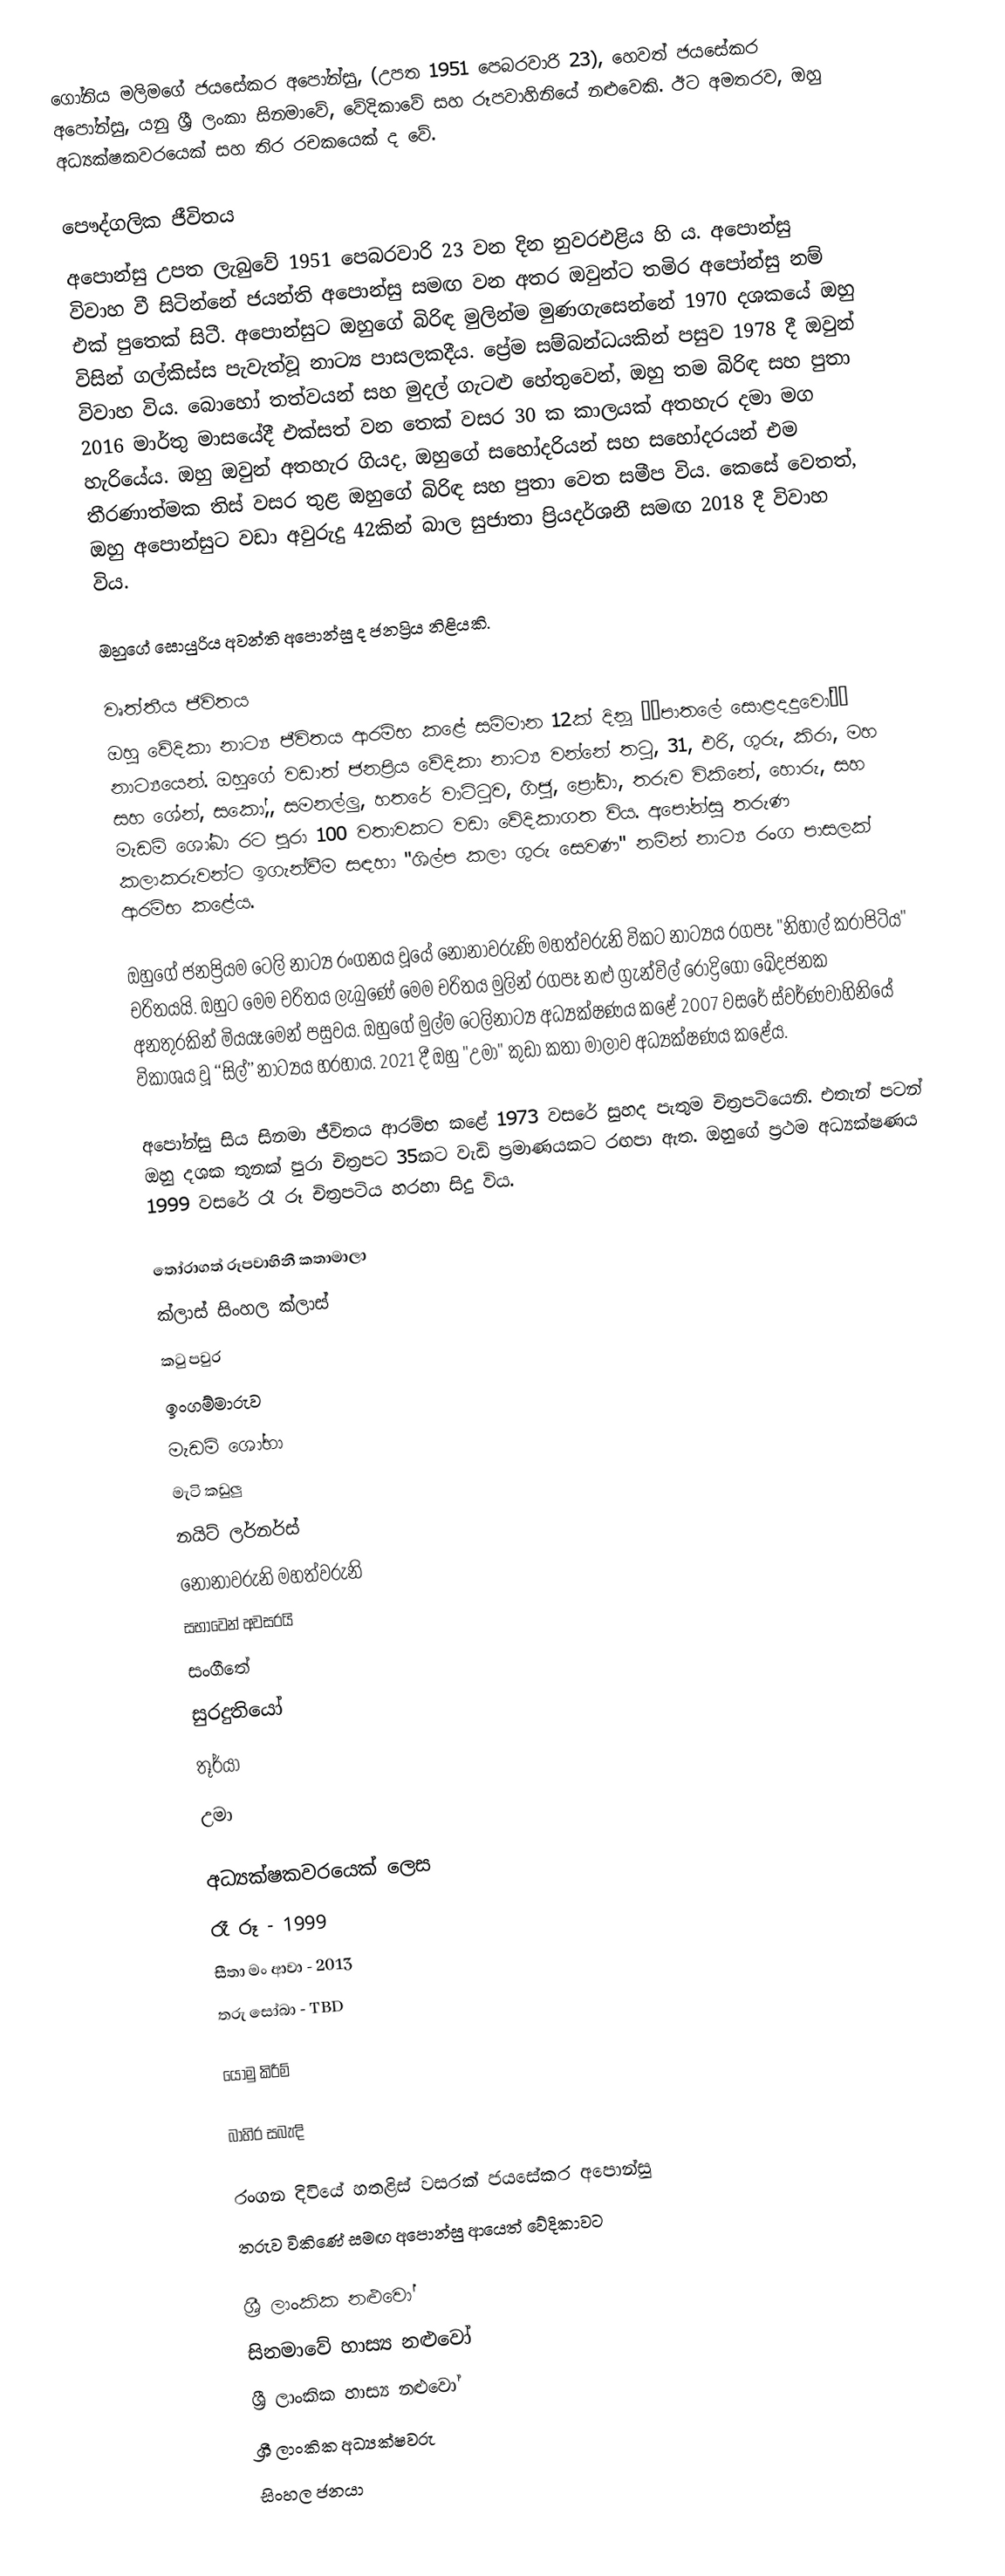
ගෝනිය මලිමගේ ජයසේකර අපෝන්සු, (උපත 1951 පෙබරවාරි 23), හෙවත් ජයසේකර අපෝන්සු, යනු ශ්‍රී ලංකා සිනමාවේ, වේදිකාවේ සහ රූපවාහිනියේ නළුවෙකි. ඊට අමතරව, ඔහු අධ්‍යක්ෂකවරයෙක් සහ තිර රචකයෙක් ද වේ.

පෞද්ගලික ජීවිතය
අපොන්සු උපත ලැබුවේ 1951 පෙබරවාරි 23 වන දින නුවරඑළිය හි ය. අපොන්සු විවාහ වී සිටින්නේ ජයන්ති අපොන්සු සමඟ වන අතර ඔවුන්ට තමිර අපෝන්සු නම් එක් පුතෙක් සිටී. අපොන්සුට ඔහුගේ බිරිඳ මුලින්ම මුණගැසෙන්නේ 1970 දශකයේ ඔහු විසින් ගල්කිස්ස පැවැත්වූ නාට්‍ය පාසලකදීය. ප්‍රේම සම්බන්ධයකින් පසුව 1978 දී ඔවුන් විවාහ විය. බොහෝ තත්වයන් සහ මුදල් ගැටළු හේතුවෙන්, ඔහු තම බිරිඳ සහ පුතා 2016 මාර්තු මාසයේදී එක්සත් වන තෙක් වසර 30 ක කාලයක් අතහැර දමා මග හැරියේය. ඔහු ඔවුන් අතහැර ගියද, ඔහුගේ සහෝදරියන් සහ සහෝදරයන් එම තීරණාත්මක තිස් වසර තුළ ඔහුගේ බිරිඳ සහ පුතා වෙත සමීප විය. කෙසේ වෙතත්, ඔහු අපොන්සුට වඩා අවුරුදු 42කින් බාල සුජාතා ප්‍රියදර්ශනී සමඟ 2018 දී විවාහ විය.

ඔහුගේ සොයුරිය අවන්ති අපොන්සු ද ජනප්‍රිය නිළියකි.

වෘත්තීය ජීවිතය
ඔහු වේදිකා නාට්‍ය ජීවිතය ආරම්භ කළේ සම්මාන 12ක් දිනූ ‘‘පාතලේ සොළදදුවෝ’’ නාට්‍යයෙන්. ඔහුගේ වඩාත් ජනප්‍රිය වේදිකා නාට්‍ය වන්නේ තටු, 31, එරි, ගුරු, කිරා, මහ සහ ශේන්, සකෝ,, සමනල්ලු, හතරේ වාට්‍ටුව, ගිජු, ප්‍රෝඩා, තරුව විකිනේ, හොරු, සහ මැඩම් ශෝබා රට පුරා 100 වතාවකට වඩා වේදිකාගත විය. අපෝන්සු තරුණ කලාකරුවන්ට ඉගැන්වීම සඳහා "ශිල්ප කලා ගුරු සෙවණ" නමින් නාට්‍ය රංග පාසලක් ආරම්භ කළේය.

ඔහුගේ ජනප්‍රියම ටෙලි නාට්‍ය රංගනය වූයේ නෝනාවරුණි මහත්වරුනි විකට නාට්‍යය රගපෑ "නිහාල් කරාපිටිය" චරිතයයි. ඔහුට මෙම චරිතය ලැබුණේ මෙම චරිතය මුලින් රගපෑ නළු ග්‍රැන්විල් රොද්‍රිගෝ ඛේදජනක අනතුරකින් මියයෑමෙන් පසුවය. ඔහුගේ මුල්ම ටෙලිනාට්‍ය අධ්‍යක්ෂණය කළේ 2007 වසරේ ස්වර්ණවාහිනියේ විකාශය වූ ‘‘සිල්’’ නාට්‍යය හරහාය. 2021 දී ඔහු "උමා" කුඩා කතා මාලාව අධ්‍යක්ෂණය කළේය.

අපෝන්සු සිය සිනමා ජීවිතය ආරම්භ කළේ 1973 වසරේ සුහද පැතුම චිත්‍රපටියෙනි. එතැන් පටන් ඔහු දශක තුනක් පුරා චිත්‍රපට 35කට වැඩි ප්‍රමාණයකට රඟපා ඇත. ඔහුගේ ප්‍රථම අධ්‍යක්ෂණය 1999 වසරේ රෑ රූ චිත්‍රපටිය හරහා සිදු විය.

තෝරාගත් රූපවාහිනී කතාමාලා
 ක්ලාස් සිංහල ක්ලාස්
 කටු පවුර
 ඉංගම්මාරුව
 මැඩම් ශෝභා
 මැටි කඩුලු
 නයිට් ලර්නර්ස්
 නෝනාවරුනි මහත්වරුනි
 සභාවෙන් අවසරයි
 සංගීතේ
 සුරදුතියෝ
 තූර්යා
 උමා

අධ්‍යක්ෂකවරයෙක් ලෙස
රෑ රූ - 1999
සීතා මං ආවා - 2013
තරු සෝබා - TBD

යොමු කිරීම්

බාහිර සබැඳි

 රංගන දිවියේ හතළිස් වසරක් ජයසේකර අපොන්සු
 තරුව විකිණේ සමඟ අපොන්සු ආයෙත් වේදිකාවට

ශ්‍රී ලාංකික නළුවෝ
සිනමාවේ හාස්‍ය නළුවෝ
ශ්‍රී ලාංකික හාස්‍ය නළුවෝ
ශ්‍රී ලාංකික අධ්‍යක්ෂවරු
සිංහල ජනයා